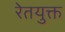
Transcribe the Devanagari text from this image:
रेतयुक्त